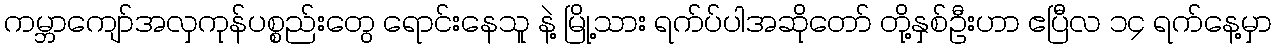
ကမ္ဘာကျော်အလှကုန်ပစ္စည်းတွေ ရောင်းနေသူ နဲ့ မြို့သား ရက်ပ်ပါအဆိုတော် တို့နှစ်ဦးဟာ ဧပြီလ ၁၄ ရက်နေ့မှာ